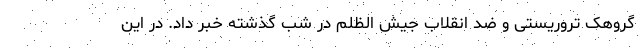
گروهک تروریستی و ضد انقلاب جیش الظلم در شب گذشته خبر داد. در این